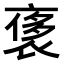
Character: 𧚤